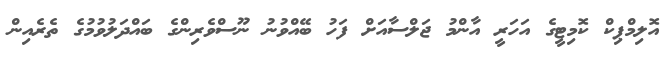
އޮލިމްޕިކް ކޮމިޓީގެ އަހަރީ އާންމު ޖަލްސާއަށް ފަހު ބޭއްވުނު ނޫސްވެރިންގެ ބައްދަލުވުމުގެ ތެރެއިން